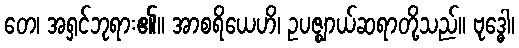
တေ၊ အရှင်ဘုရား၏။ အာစရိယေဟိ၊ ဥပဇ္ဈာယ်ဆရာတို့သည်။ ဗုဒ္ဓေါ၊